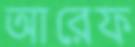
আরেফ